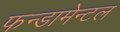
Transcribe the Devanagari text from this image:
फन्डामेन्टल